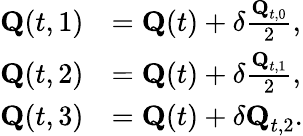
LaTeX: \begin{array}{rl}{\textbf{Q}(t,{1})}&{=\textbf{Q}(t)+\delta\frac{\textbf{Q}_{t,0}}{2},}\\ {\textbf{Q}(t,{2})}&{=\textbf{Q}(t)+\delta\frac{\textbf{Q}_{t,1}}{2},}\\ {\textbf{Q}(t,{3})}&{=\textbf{Q}(t)+\delta\textbf{Q}_{t,2}.}\end{array}